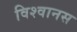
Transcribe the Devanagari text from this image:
विश्वानस